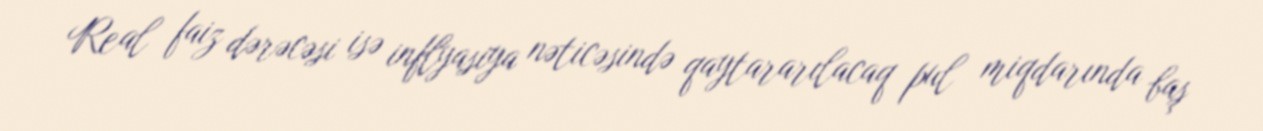
Real faiz dərəcəsi isə inflyasiya nəticəsində qaytararılacaq pul miqdarında baş